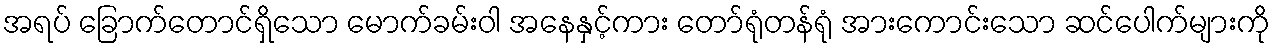
အရပ် ခြောက်တောင်ရှိသော မောက်ခမ်းဝါ အနေနှင့်ကား တော်ရုံတန်ရုံ အားကောင်းသော ဆင်ပေါက်များကို